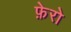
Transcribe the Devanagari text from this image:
फ़ेरो